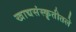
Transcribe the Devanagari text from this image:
खाद्यसंस्कॄतीतले